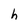
Character: h